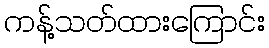
ကန့်သတ်ထားကြောင်း